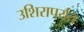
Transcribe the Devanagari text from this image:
उशिरापर्यंत